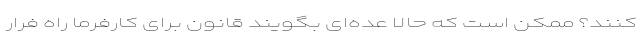
کنند؟ ممکن است که حالا عده‌ای بگویند قانون برای کارفرما راه فرار